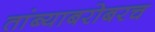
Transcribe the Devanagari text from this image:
तांब्याबरोबरच